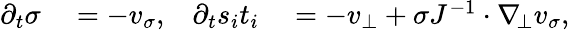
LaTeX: \begin{array}{rlrl}{\partial_{t}\sigma}&{{}=-v_{\sigma},}&{\partial_{t}s_{i}t_{i}}&{{}=-v_{\bot}+\sigma J^{-1}\cdot\nabla_{\! \bot}v_{\sigma},}\end{array}